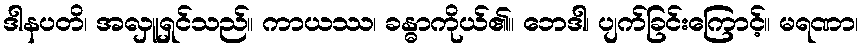
ဒါနပတိ၊ အလှူရှင်သည်။ ကာယဿ၊ ခန္ဓာကိုယ်၏။ ဘေဒါ၊ ပျက်ခြင်းကြောင့်။ မရဏာ၊